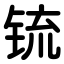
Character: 锍